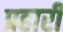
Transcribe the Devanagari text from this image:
प्रहारी